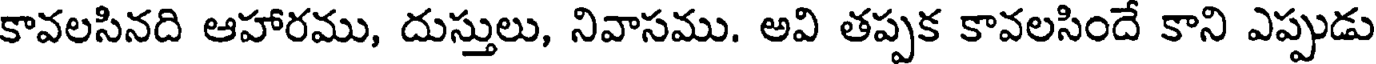
కావలసినది ఆహారము, దుస్తులు, నివాసము. అవి తప్పక కావలసిందే కాని ఎప్పుడు